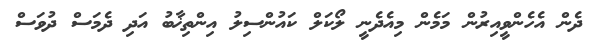
ދެން އެހެންވީއިރުން މަމެން މިއެދެނީ ލޯކަލް ކައުންސިލު އިންތިޚާބު އަދި ދެމަސް ދުވަސް